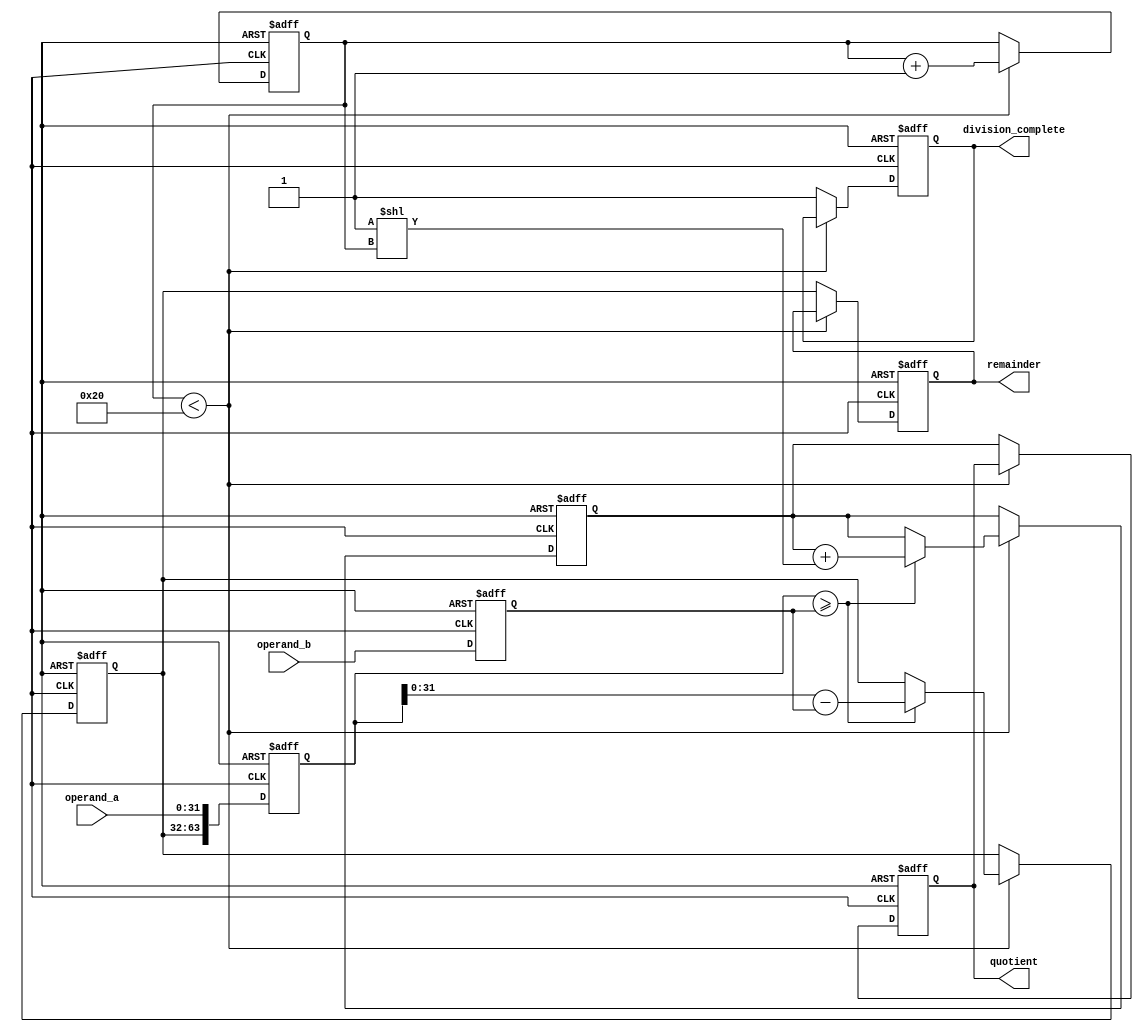
module pipelined_divider (
  input wire [31:0] operand_a,
  input wire [31:0] operand_b,
  output reg [31:0] quotient,
  output reg [31:0] remainder,
  output reg division_complete
);

reg [63:0] dividend;
reg [31:0] divisor;
reg [31:0] partial_remainder;
reg [5:0] shift_count;
reg [31:0] partial_quotient;

always @ (posedge clk or negedge reset) begin
  if (!reset) begin
    dividend <= 64'h0;
    divisor <= 32'h0;
    partial_remainder <= 32'h0;
    shift_count <= 6'h0;
    partial_quotient <= 32'h0;
    quotient <= 32'h0;
    remainder <= 32'h0;
    division_complete <= 1'b0;
  end else begin
    dividend <= {partial_remainder, operand_a};
    divisor <= operand_b;
    
    if (shift_count < 6'h20) begin
      if (dividend >= divisor) begin
        partial_remainder <= dividend - divisor;
        partial_quotient <= partial_quotient + (1 << shift_count);
      end else begin
        partial_remainder <= partial_remainder; // Remain unchanged
        partial_quotient <= partial_quotient;
      end
      shift_count <= shift_count + 1;
    end else begin
      quotient <= partial_quotient;
      remainder <= partial_remainder;
      division_complete <= 1'b1;
    end
  end
end

endmodule